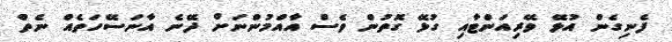
ފެނިގެން އުޅޭ ވޭރިއަންޓާއި ގުޅޭ ގޮތުން ވެސް އާއްމުންނަށް ދޭނެ އާނަސޭހަތެއް ނެތް